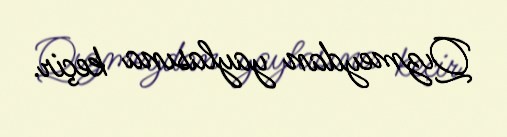
Qızmeydan yaylasına keçir.